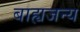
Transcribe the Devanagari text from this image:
बाह्यजन्य